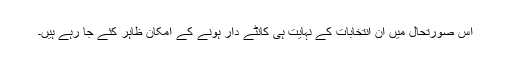
اس صورتحال میں ان انتخابات کے نہایت ہی کانٹے دار ہونے کے امکان ظاہر کئے جا رہے ہیں۔